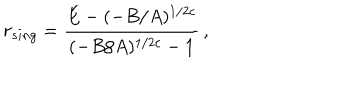
LaTeX: r _ { s i n g } = \frac { E - ( - B / A ) ^ { 1 / 2 c } } { ( - B / A ) ^ { 1 / 2 c } - 1 } \, ,